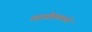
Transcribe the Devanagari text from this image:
तहसीलमध्ये